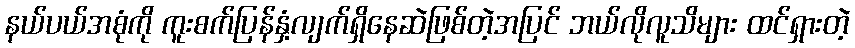
နယ်ပယ်အစုံကို ကူးစက်ပြန်နှံ့လျက်ရှိနေဆဲဖြစ်တဲ့အပြင် ဘယ်လိုလူသိများ ထင်ရှားတဲ့